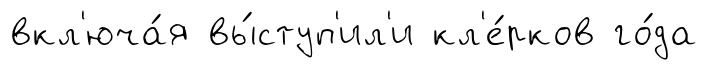
вкл'юча́я вы́ступ'ил'и кл'е́рков го́да